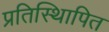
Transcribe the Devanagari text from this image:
प्रतिस्थिापित